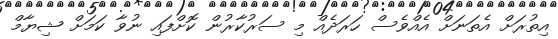
އިތުރަށް އެތަނަށް އެއްވެސް ހަރަދެއް މި ސަރުކާރުން ކޮށްފައި ނުވާ ކަމަށް ޝިޔާމް